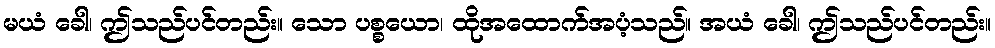
မယံ ခေါ၊ ဤသည်ပင်တည်း။ သော ပစ္စယော၊ ထိုအထောက်အပံ့သည်။ အယံ ခေါ၊ ဤသည်ပင်တည်း။